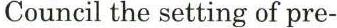
Council the setting of pre-